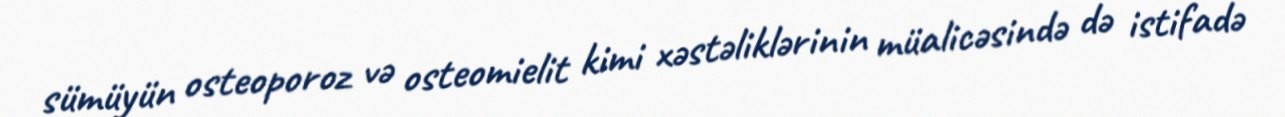
sümüyün osteoporoz və osteomielit kimi xəstəliklərinin müalicəsində də istifadə